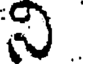
ని